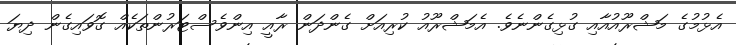
އެޅުމުގެ މަޝްރޫއުއާއި ގުޅިގެންނެވެ. އެމަޝްރޫއު ކުރިއަށް ގެންދަން ރާއީ އިންވެސްޓަރުންތަކެއް ގޮވައިގެން ދިޔަ